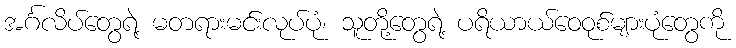
အင်္ဂလိပ်တွေရဲ့ မတရားမင်းလုပ်ပုံ၊ သူတို့တွေရဲ့ ပရိယာယ်ဝေဝုစ်များပုံတွေကို